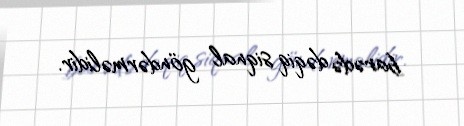
barədə dəqiq siqnal göndərməlidir.